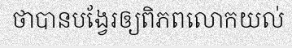
ថាបានបង្វែរឲ្យពិភពលោកយល់